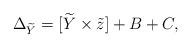
LaTeX: \begin{align*} \Delta_{\widetilde {Y}}=[\widetilde {Y}\times \tilde z]+B+C,\end{align*}